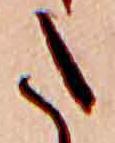
た